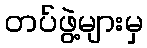
တပ်ဖွဲ့များမှ